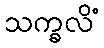
သက္ခလိံ